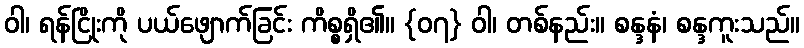
ဝါ၊ ရန်ငြိုးကို ပယ်ဖျောက်ခြင်း ကိစ္စရှိ၏။ {၀၇} ဝါ၊ တစ်နည်း။ စန္ဒနံ၊ စန္ဒကူးသည်။